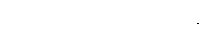
အဘိညေယာဒိဝါရဝဏ္ဏနာ